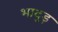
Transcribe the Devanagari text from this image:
भादुड़